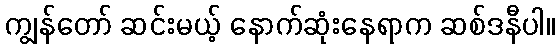
ကျွန်တော် ဆင်းမယ့် နောက်ဆုံးနေရာက ဆစ်ဒနီပါ။